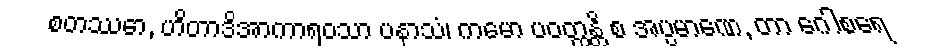
စတဿော, ဟိတာဒိအာကာရဝသာ ပနာသံ၊ ကမော ပဝတ္တန္တိ စ အပ္ပမာဏေ, တာ ဂေါစရေ